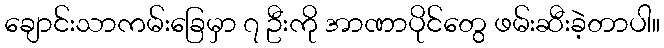
ချောင်းသာကမ်းခြေမှာ ၇ ဦးကို အာဏာပိုင်တွေ ဖမ်းဆီးခဲ့တာပါ။